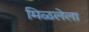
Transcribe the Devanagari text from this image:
मिळलेला